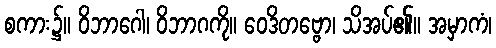
စကား၌။ ဝိဘာဂေါ၊ ဝိဘာဂကို။ ဝေဒိတဗ္ဗော၊ သိအပ်၏။ အမှာကံ၊